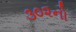
૩૦૨નો